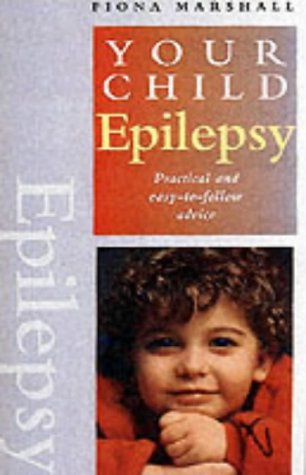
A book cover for Epilepsy: Practical and Easy-to-follow Advice (Your Child); Fiona Marshall; Health, Fitness & Dieting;